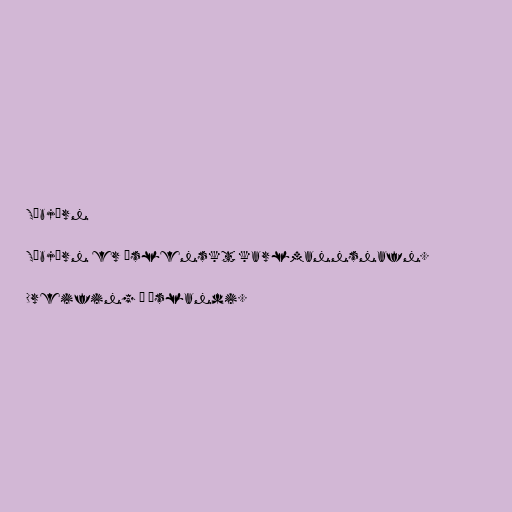
Sæbjörn

Sæbjörn er íslenskt karlmannsnafn.

Dreifing á Íslandi.